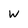
Character: w